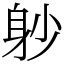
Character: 𨈘